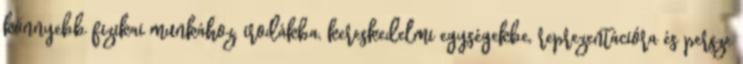
könnyebb fizikai munkához, irodákba, kereskedelmi egységekbe, reprezentációra és persze